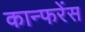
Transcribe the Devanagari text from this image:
कान्फरेंस